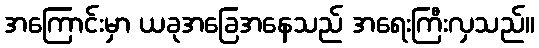
အကြောင်းမှာ ယခုအခြေအနေသည် အရေးကြီးလှသည်။